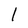
Character: l